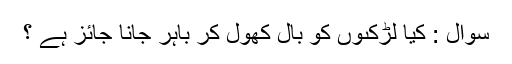
سُوال : کیا لڑکىوں کو بال کھول کر باہر جانا جائز ہے ؟